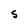
Character: S